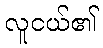
လူငယ်၏